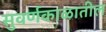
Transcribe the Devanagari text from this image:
सुवर्णकाळातील